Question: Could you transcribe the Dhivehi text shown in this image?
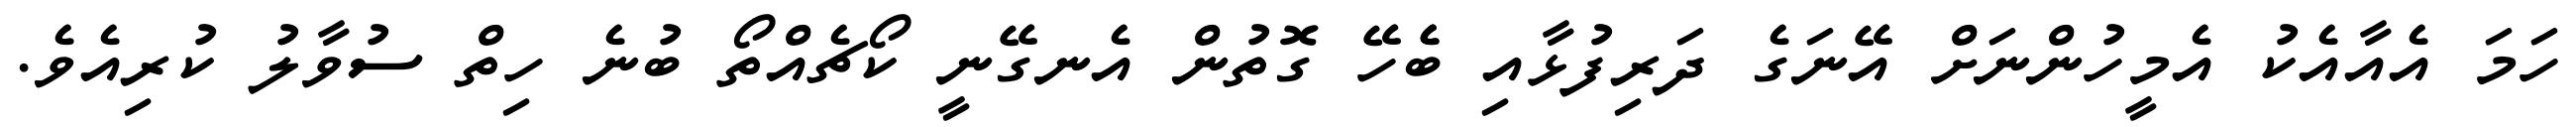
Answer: ހަމަ އެއާއެކު އެމީހުންނަށް އޭނަގެ ދަރިފުޅާއި ބެެހޭ ގޮތުން އެނގޭނީ ކޯޗެއްތޯ ބުނެ ހިތް ސުވާލު ކުރިއެވެ.